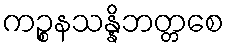
ကဉ္စနသန္နိဘတ္တစေ